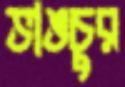
ভাঙচুর